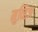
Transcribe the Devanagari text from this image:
मुव्हिज